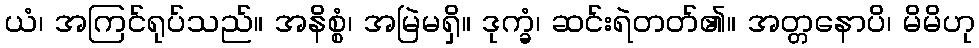
ယံ၊ အကြင်ရုပ်သည်။ အနိစ္စံ၊ အမြဲမရှိ။ ဒုက္ခံ၊ ဆင်းရဲတတ်၏။ အတ္တနောပိ၊ မိမိဟု